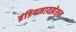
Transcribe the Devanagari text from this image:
इंडियनायझेशन